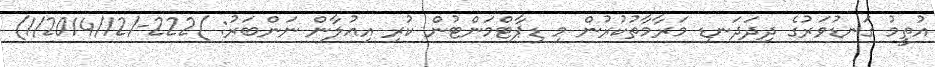
އުތީމު ގަނޑުވަރުގެ ދިދަދަނޑި މަރާމާތުކުރުން މި ޑިޕާޓްމަންޓުން ކުރި އިޢުލާން ނަންބަރު: )222-/1/2014/12)